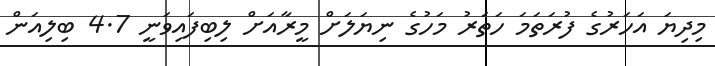
މިިދިޔަ އަހަރުގެ ފުރަތަމަ ހަތަރު މަހުގެ ނިޔަލަށް މީރާއަށް ލިބިފައިވަނީ 4.7 ބިލިއަން